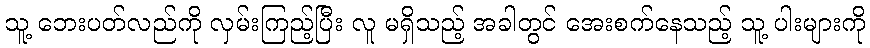
သူ့ ဘေးပတ်လည်ကို လှမ်းကြည့်ပြီး လူ မရှိသည့် အခါတွင် အေးစက်နေသည့် သူ့ ပါးများကို